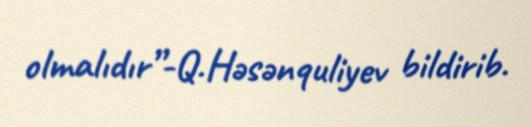
olmalıdır”-Q.Həsənquliyev bildirib.